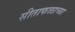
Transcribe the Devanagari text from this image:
सीताफळाच्या